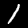
Label: 1